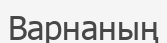
Варнаның